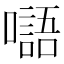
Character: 𡂂